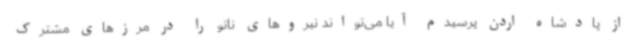
از پادشاه اردن پرسیدم آیا می‌تواند نیروهای ناتو را در مرزهای مشترک